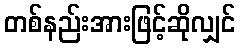
တစ်နည်းအားဖြင့်ဆိုလျှင်